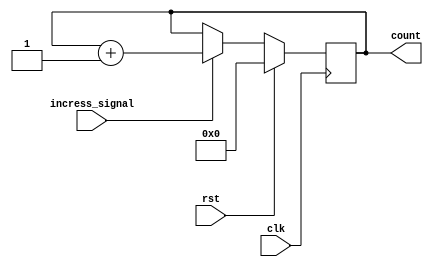
`timescale 1ns / 1ps
//////////////////////////////////////////////////////////////////////////////////
// Company: 
// Engineer: 
// 
// Design Name: 
// Module Name: Counter
// Project Name: 
// Target Devices: 
// Tool Versions: 
// Description: 
// 
// Dependencies: 
// 
// Revision:
// Revision 0.01 - File Created
// Additional Comments:
// 
//////////////////////////////////////////////////////////////////////////////////


module Counter(
input clk,
input incress_signal,
input rst,
output reg [31:0]count
    );
initial begin
    count=0;
end
    always @(posedge clk)
    begin
        if(incress_signal==1)
        begin
            count<=count+1;
        end
        else ;
        if(rst==1)
        begin
            count<=0;
        end
        else ;
    end
endmodule